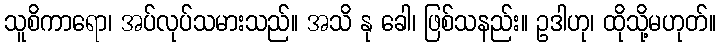
သူစိကာရော၊ အပ်လုပ်သမားသည်။ အသိ နု ခေါ၊ ဖြစ်သနည်း။ ဥဒါဟု၊ ထိုသို့မဟုတ်။